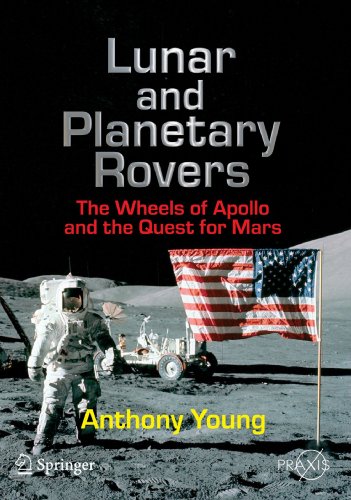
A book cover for Lunar and Planetary Rovers: The Wheels of Apollo and the Quest for Mars (Springer Praxis Books); Anthony Young; Science & Math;